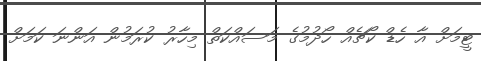
ޓީމަށް އާ ހެޑް ކޯޗެއް ހޯދުމުގެ މަސައްކަތް މިހާރު ކުރަމުން އަންނަ ކަމަށް